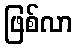
ဖြစ်လာ